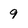
Character: 9